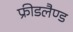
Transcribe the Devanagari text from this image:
फ्रीडलैण्ड